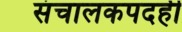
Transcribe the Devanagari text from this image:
संचालकपदही